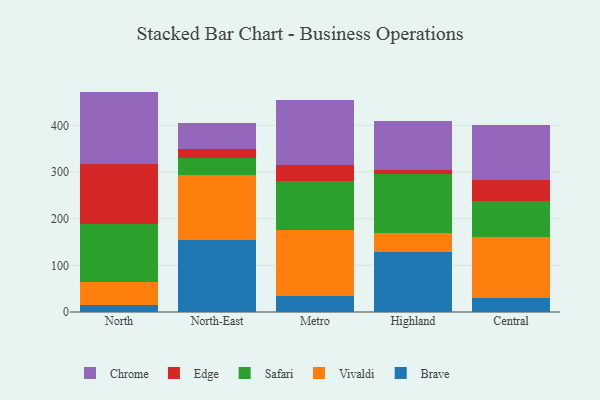
{"axis": {"x": "Region", "y": "Headcount"}, "legend": ["Brave", "Chrome", "Edge", "Safari", "Vivaldi"], "data": [{"x": "North", "y": 15.5, "type": "Brave"}, {"x": "North", "y": 49.3, "type": "Vivaldi"}, {"x": "North", "y": 124.0, "type": "Safari"}, {"x": "North", "y": 128.9, "type": "Edge"}, {"x": "North", "y": 154.5, "type": "Chrome"}, {"x": "North-East", "y": 154.4, "type": "Brave"}, {"x": "North-East", "y": 139.4, "type": "Vivaldi"}, {"x": "North-East", "y": 36.7, "type": "Safari"}, {"x": "North-East", "y": 18.3, "type": "Edge"}, {"x": "North-East", "y": 56.6, "type": "Chrome"}, {"x": "Metro", "y": 34.6, "type": "Brave"}, {"x": "Metro", "y": 141.3, "type": "Vivaldi"}, {"x": "Metro", "y": 104.8, "type": "Safari"}, {"x": "Metro", "y": 35.2, "type": "Edge"}, {"x": "Metro", "y": 139.2, "type": "Chrome"}, {"x": "Highland", "y": 129.5, "type": "Brave"}, {"x": "Highland", "y": 39.9, "type": "Vivaldi"}, {"x": "Highland", "y": 126.6, "type": "Safari"}, {"x": "Highland", "y": 8.1, "type": "Edge"}, {"x": "Highland", "y": 105.1, "type": "Chrome"}, {"x": "Central", "y": 29.2, "type": "Brave"}, {"x": "Central", "y": 131.7, "type": "Vivaldi"}, {"x": "Central", "y": 76.9, "type": "Safari"}, {"x": "Central", "y": 44.7, "type": "Edge"}, {"x": "Central", "y": 118.0, "type": "Chrome"}]}